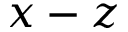
x - z